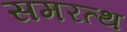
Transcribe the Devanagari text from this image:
समरत्थ